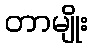
တာမျိုး